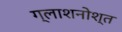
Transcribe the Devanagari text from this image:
ग्लाशनोश्त